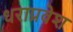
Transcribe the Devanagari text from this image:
धराप्रवेश